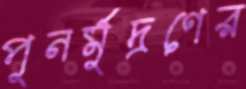
পুনর্মুদ্রণের